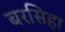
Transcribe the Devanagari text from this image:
बरसिहा